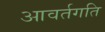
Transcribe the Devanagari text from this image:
आवर्तगति